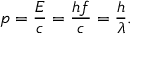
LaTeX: p = { \frac { E } { c } } = { \frac { h f } { c } } = { \frac { h } { \lambda } } .